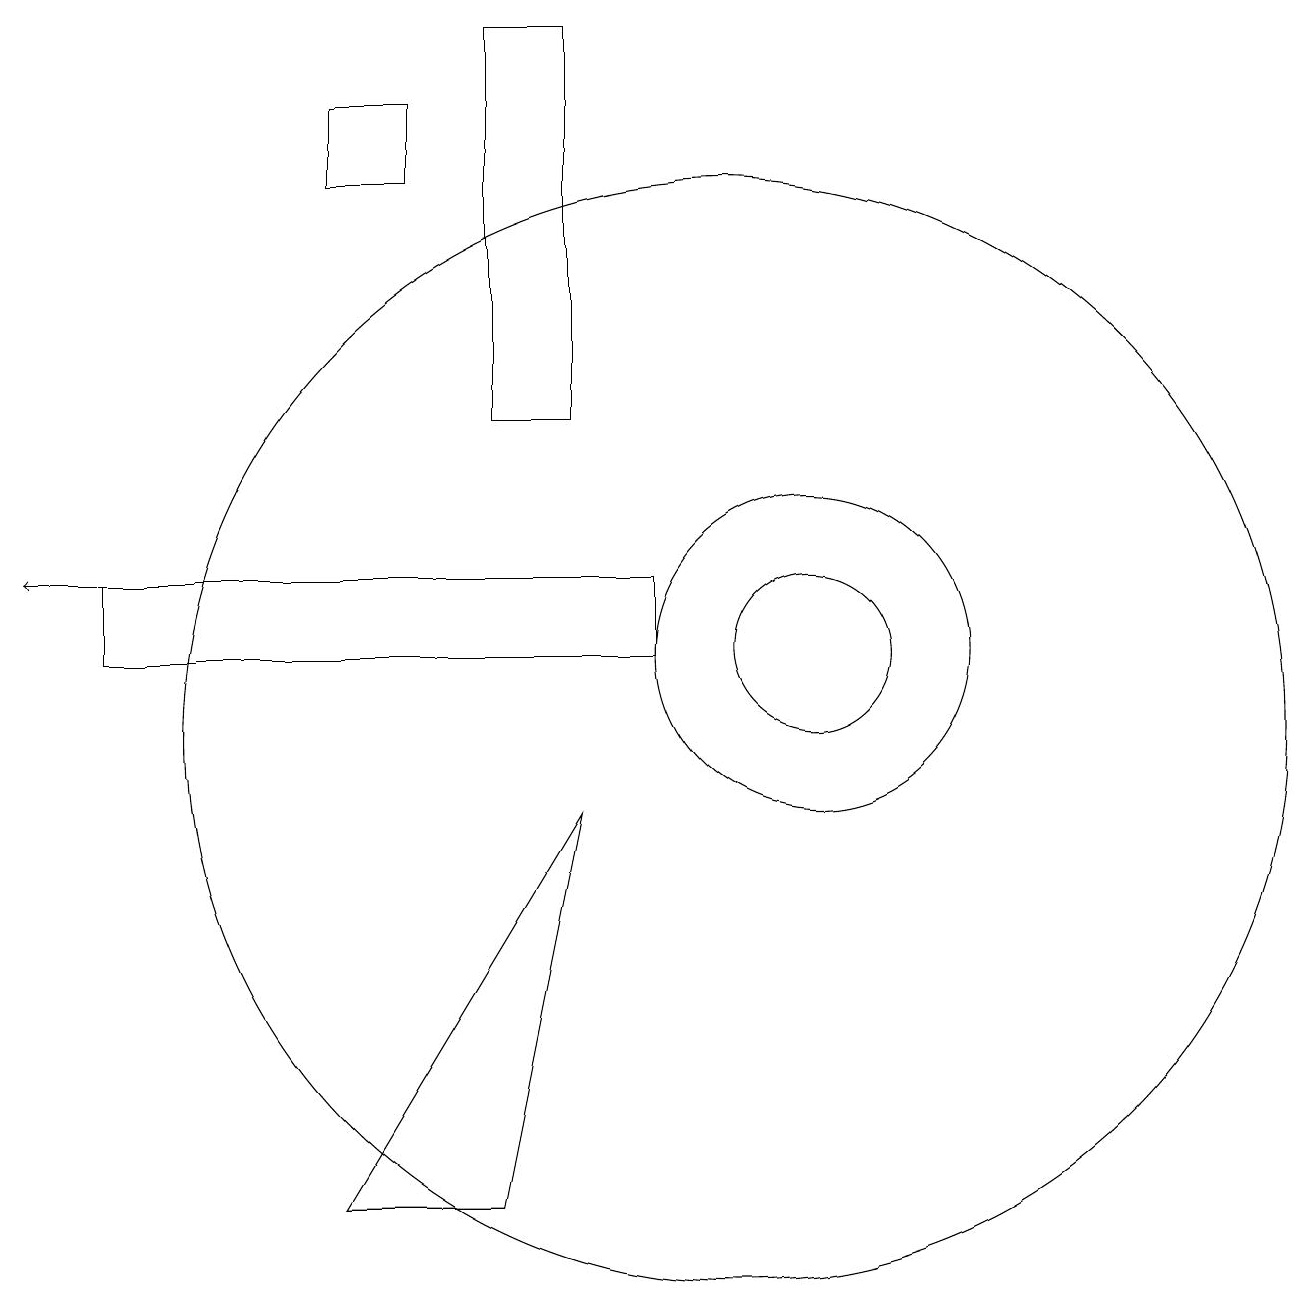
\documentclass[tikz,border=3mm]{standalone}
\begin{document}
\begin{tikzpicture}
\draw (2,11) rectangle (9,12);
\draw (11,11) circle (1);
\draw (5,4) -- (7,4) -- (8,9) -- cycle;
\draw (7,14) rectangle (8,19);
\draw (11,11) circle (2);
\draw (10,10) circle (7);
\draw (5,17) rectangle (6,18);
\draw[->] (5,12) -- (1,12);
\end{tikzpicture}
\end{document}